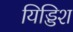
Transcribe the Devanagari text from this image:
यिड्डिश